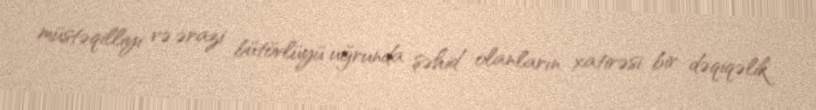
müstəqilliyi və ərazi bütövlüyü uğrunda şəhid olanların xatirəsi bir dəqiqəlik